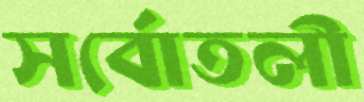
সর্বোতলী